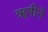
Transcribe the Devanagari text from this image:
ॠषीनें